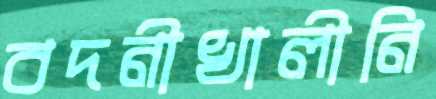
বদনীখালীনি